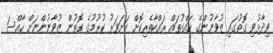
ވިދާޅުވި ގޮތުގައި ޒުވާނުންގެ ހައްގުތައް ރައްކާތެރިކޮށް ކަށަވަރު ކުރުމުގެ ގޮތުން ޒުވާނުންނަށް ހާއްސަ